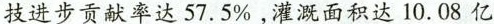
技进步贡献率达57.5%，灌溉面积达10.08亿